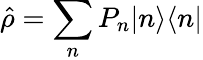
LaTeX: \hat{\rho}=\sum_{n}P_{n}|n\rangle\langle n|